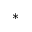
\ast